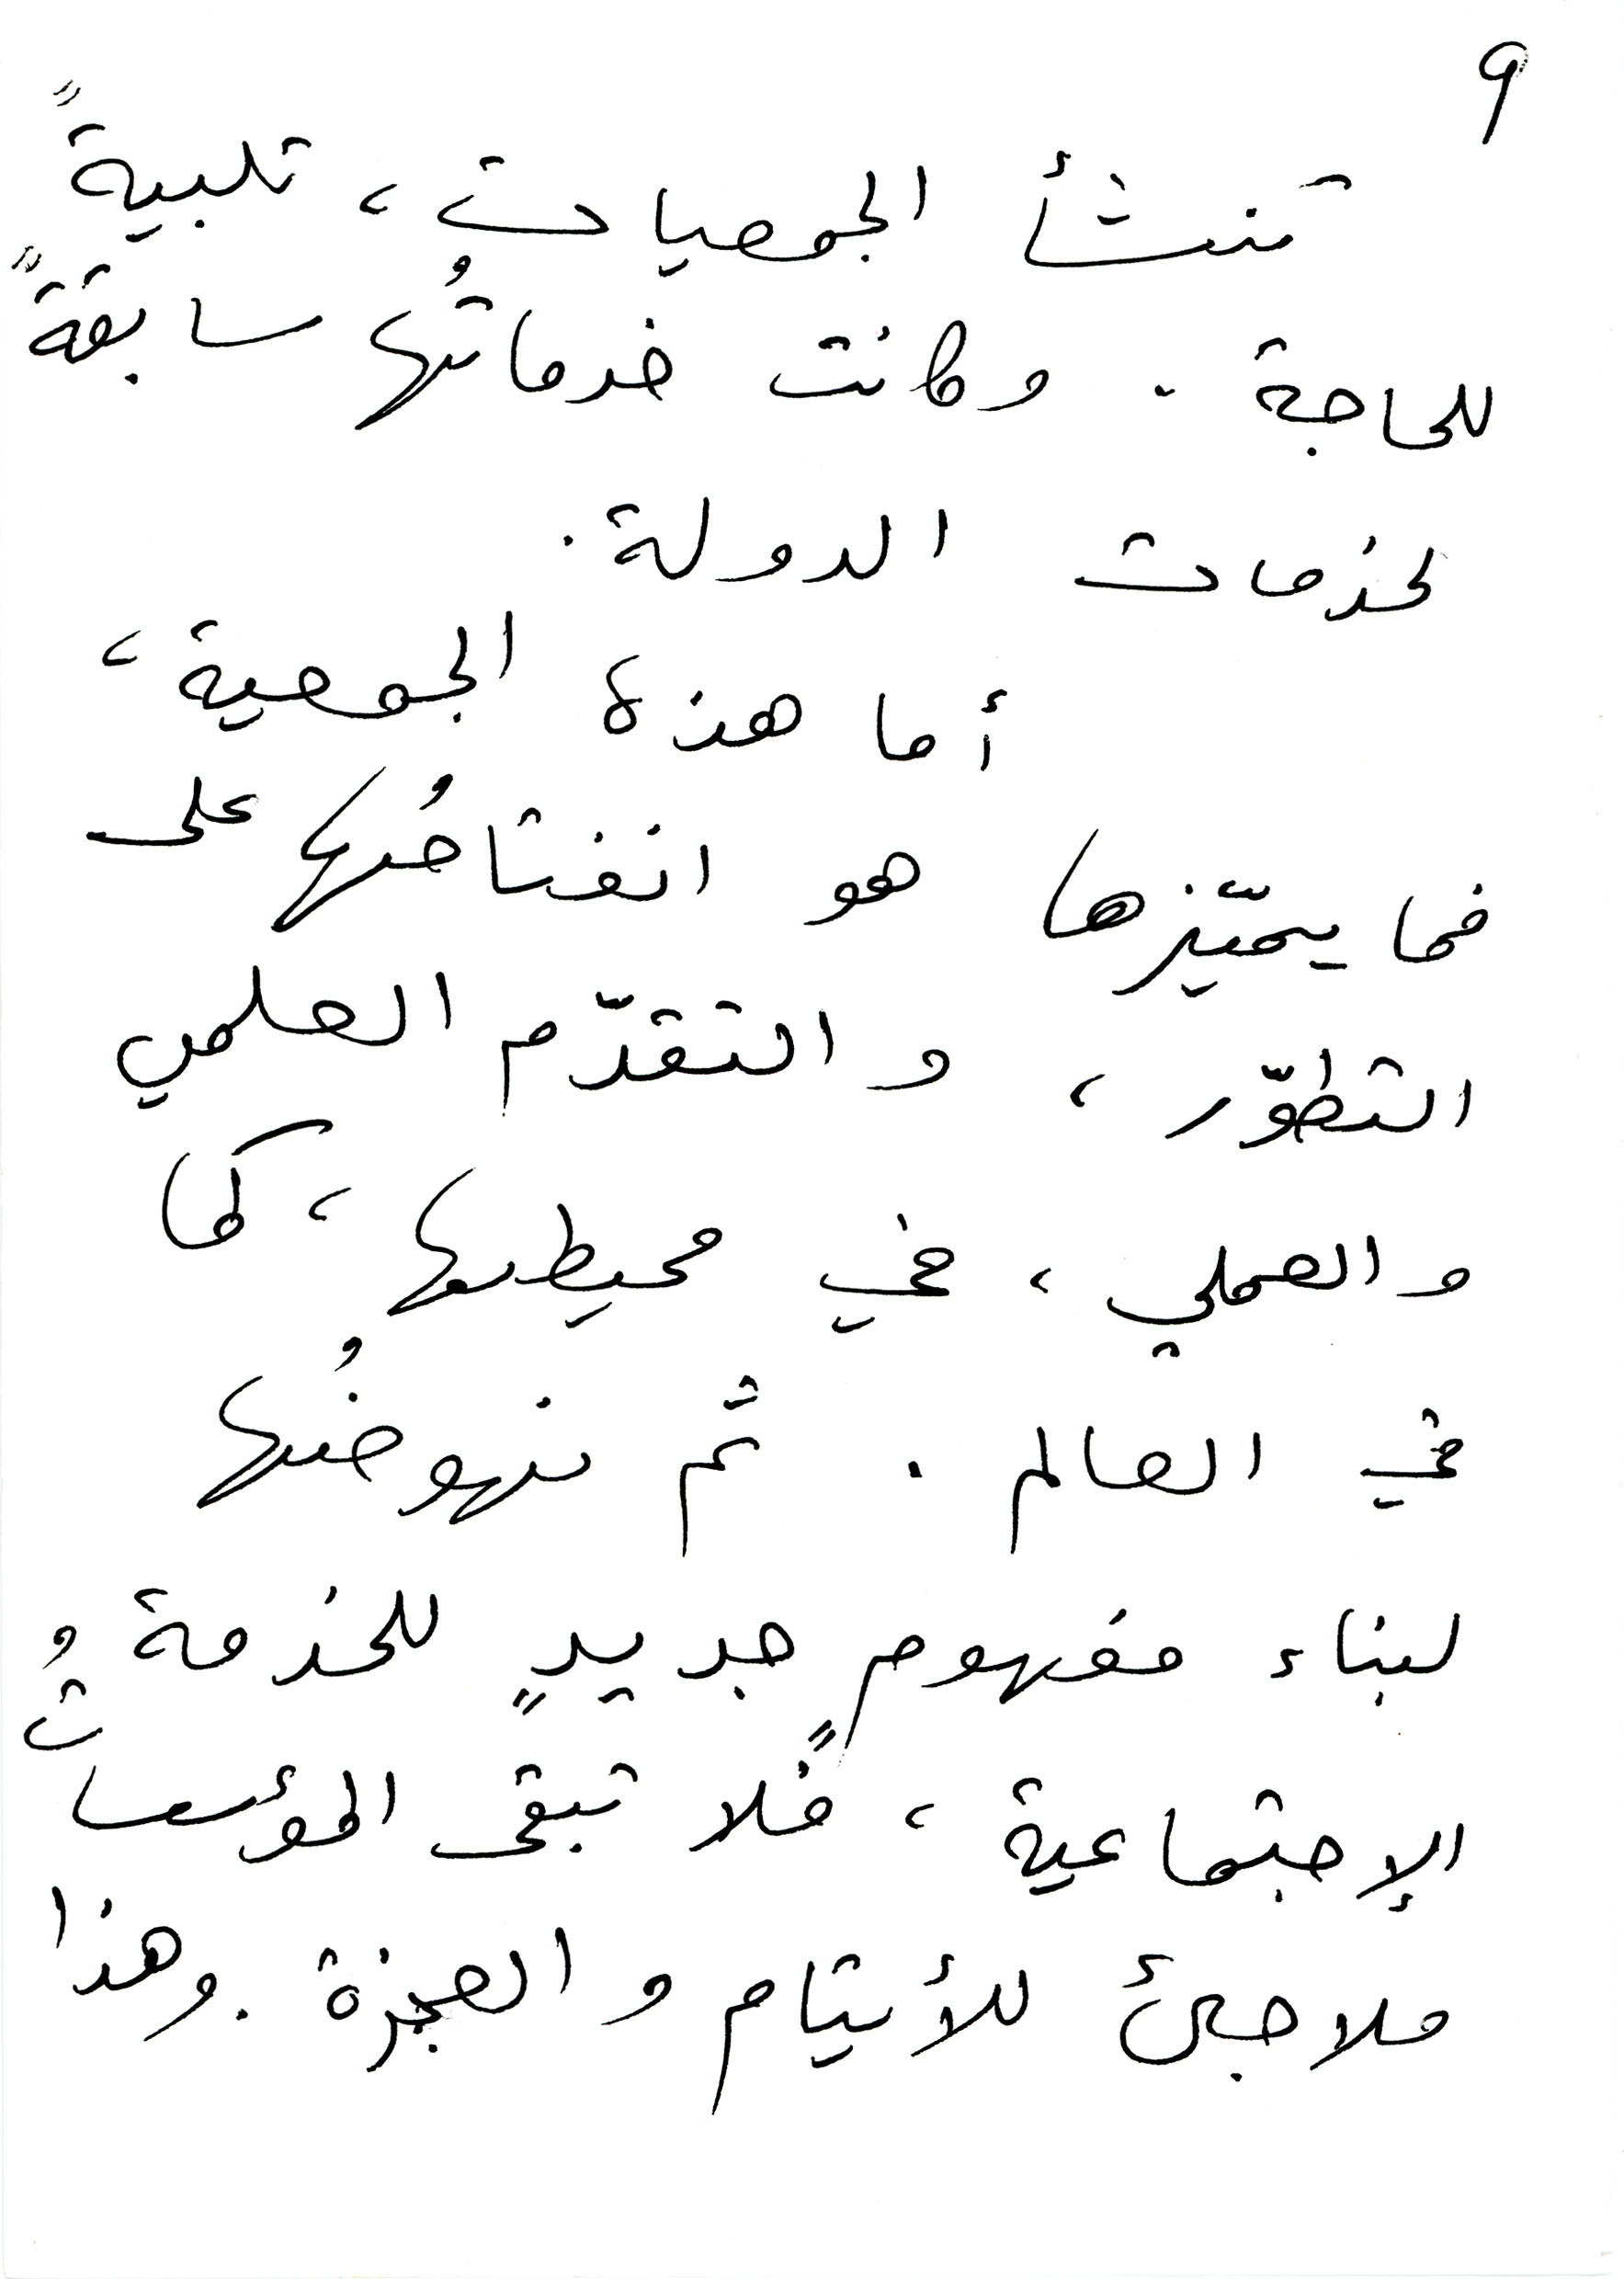
تنشأ الجمعيات، تلبيةً
9
للحاجة، وكانت خدماتُها سابقةً
لخدمات الدولة.
أما هذه الجمعية،
فما يميّزها هو انفتاحُها على
التطوّر، والتقدّم العلمي
والعملي، في محيطها، كما
في العالم. ثم نهوضُها
لبناء مفهومٍ جديدٍ للخدمة
الإجتماعية، فلا تبقى المؤسساتُ
ملاجىء للأيتام والعجزة، وهذا